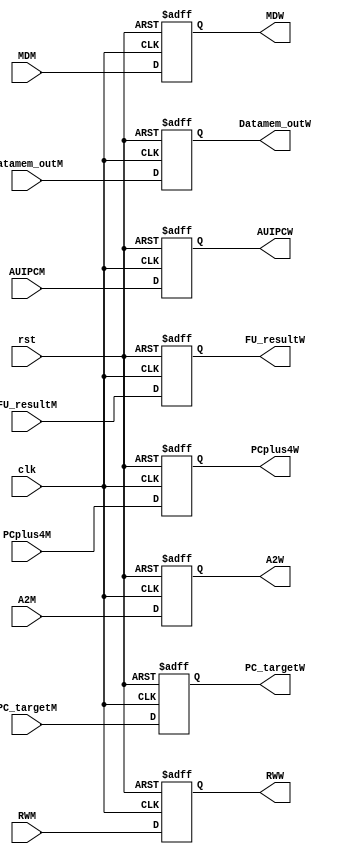
module pipeline_MW(

    input wire clk,
    input wire rst,
    input wire RWM, 
    input wire [1:0] MDM, 
    input wire AUIPCM, 
    input wire [31:0] PCplus4M,
    input wire [4:0] A2M,
    input wire [31:0] FU_resultM,
    input wire [31:0] Datamem_outM,
    input wire [31:0] PC_targetM,
    output reg RWW, 
    output reg [1:0] MDW, 
    output reg AUIPCW, 
    output reg [31:0] PCplus4W,
    output reg [4:0] A2W,
    output reg [31:0] FU_resultW,
    output reg [31:0] Datamem_outW,
    output reg [31:0] PC_targetW
    );
    
    always @(posedge clk,negedge rst) begin
        if(!rst) begin
            RWW <= 0;
            MDW <= 2'd0;
            AUIPCW <= 0;
            PCplus4W <= 0;
            A2W <= 0;
            FU_resultW <= 0;
            Datamem_outW <= 0;
            PC_targetW <= 0;
            
        end
        else begin
            RWW <= RWM;
            MDW <= MDM;
            AUIPCW <= AUIPCM;
            PCplus4W <= PCplus4M;
            A2W <= A2M;
            FU_resultW <= FU_resultM;
            Datamem_outW <= Datamem_outM;
            PC_targetW <= PC_targetM;
        end
    end
endmodule